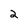
Character: 2